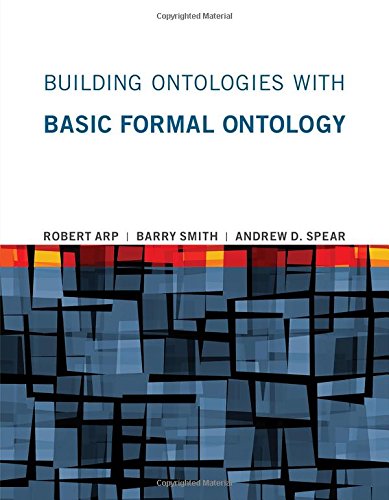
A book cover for Building Ontologies with Basic Formal Ontology; Robert Arp; Computers & Technology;